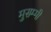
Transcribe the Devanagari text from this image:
मुसम्मी